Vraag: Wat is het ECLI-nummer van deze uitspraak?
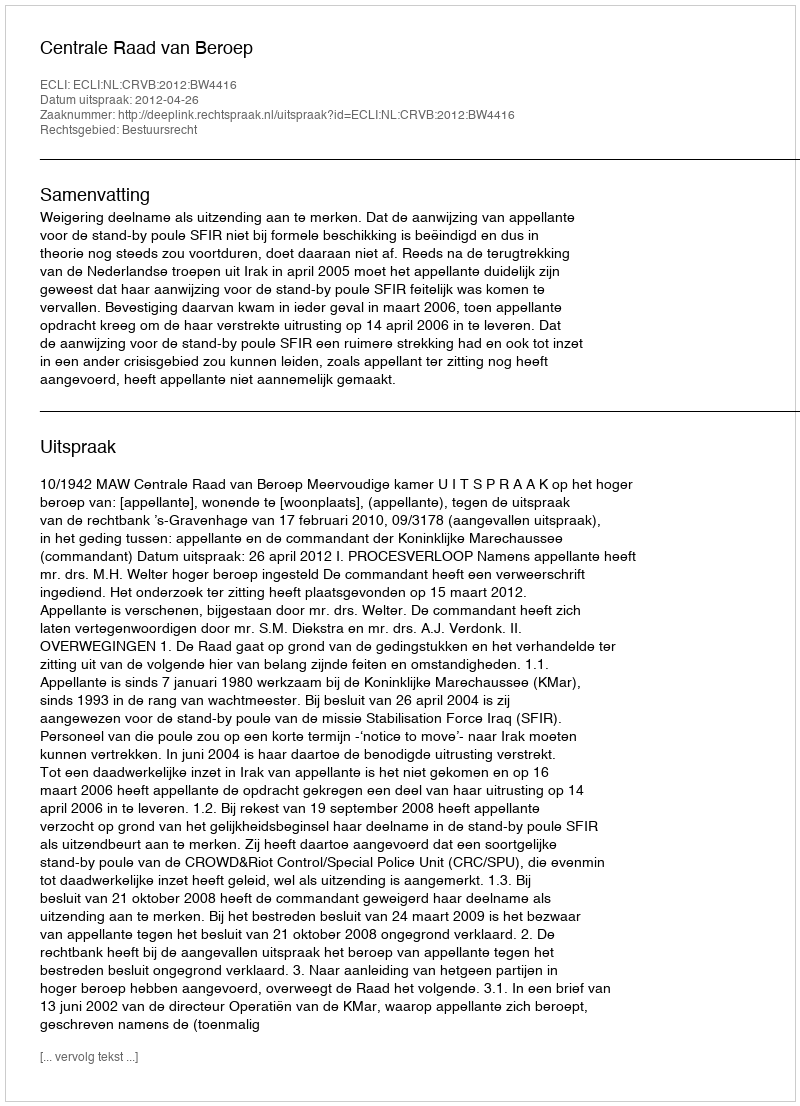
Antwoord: ECLI:NL:CRVB:2012:BW4416